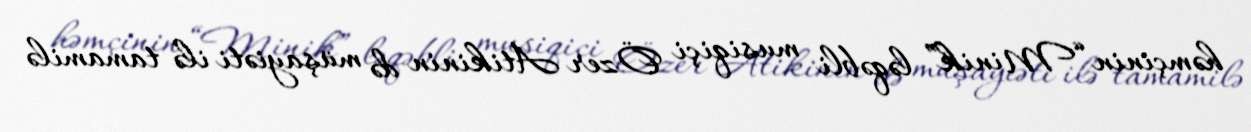
həmçinin “Minik” ləqəbli musiqiçi Özer Atikinin də müşayiəti ilə tamamilə